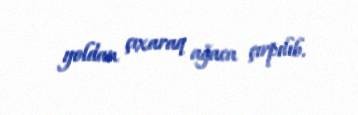
yoldan çıxaraq ağaca çırpılıb.